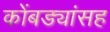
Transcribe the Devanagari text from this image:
कोंबड्यांसह